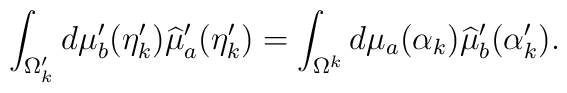
\int_{\Omega_k'} d \mu_b' (\eta_k') \widehat{\mu}_a'(\eta_k') =\int_{\Omega^k} d \mu_a (\alpha_k) \widehat{\mu}_b' (\alpha_k').